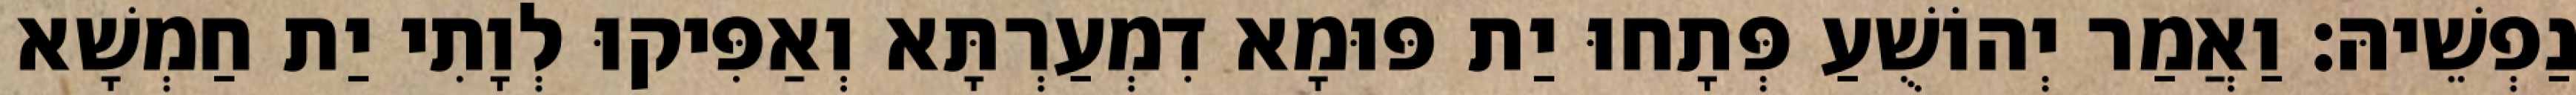
נַפְשֵׁיהּ׃ וַאֲמַר יְהוֹשֻׁעַ פְּתָחוּ יַת פּוּמָא דִמְעַרְתָּא וְאַפִּיקוּ לְוָתִי יַת חַמְשָׁא